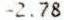
-2.78